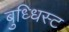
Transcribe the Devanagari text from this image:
बुध्धिस्ट